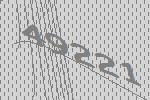
49221